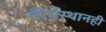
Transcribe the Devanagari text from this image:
तीर्थस्थानही